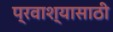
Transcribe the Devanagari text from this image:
प्रवाश्यासाठी